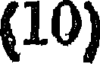
(10)